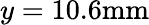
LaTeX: y=10.6\mathrm{mm}